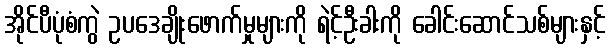
အိုင်ပီပုံစံကွဲ ဥပဒေချိုးဖောက်မှုများကို ရဲင့်ဦးခါးကို ခေါင်းဆောင်သစ်များနှင့်